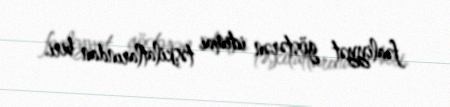
fəaliyyət göstərən ictimai təşkilatlarından biri.